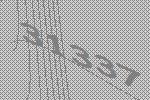
31337